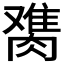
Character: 𰯋